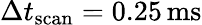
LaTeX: \Delta t_{\mathrm{scan}}=0.25\operatorname{ms}